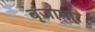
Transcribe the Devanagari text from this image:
बृजामार